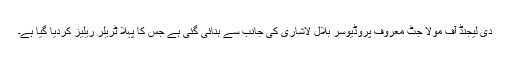
دی لیجنڈ آف مولا جٹ معروف پروڈیوسر بلال لاشاری کی جانب سے بنائی گئی ہے جس کا پہلا ٹریلر ریلیز کردیا گیا ہے۔